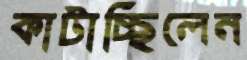
কাটাচ্ছিলেন